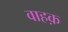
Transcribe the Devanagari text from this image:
वाहक़